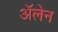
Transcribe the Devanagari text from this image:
ॲलेन